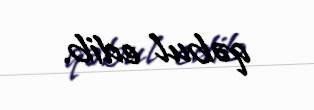
qəbul edib.